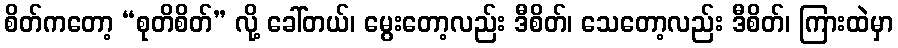
စိတ်ကတော့ “စုတိစိတ်” လို့ ခေါ်တယ်၊ မွေးတော့လည်း ဒီစိတ်၊ သေတော့လည်း ဒီစိတ်၊ ကြားထဲမှာ